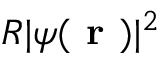
R | \psi ( \textbf { r } ) | ^ { 2 }